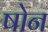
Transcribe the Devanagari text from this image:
षोन